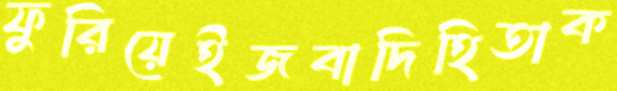
ফুরিয়েইজবাদিহিতাক